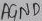
Text: AGND